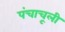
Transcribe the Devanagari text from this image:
पंचाचूली